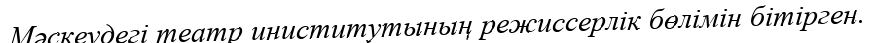
Мәскеудегі театр иниститутының режиссерлік бөлімін бітірген.